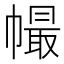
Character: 𢄸